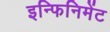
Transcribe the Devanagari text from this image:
इन्फिनिमेंट